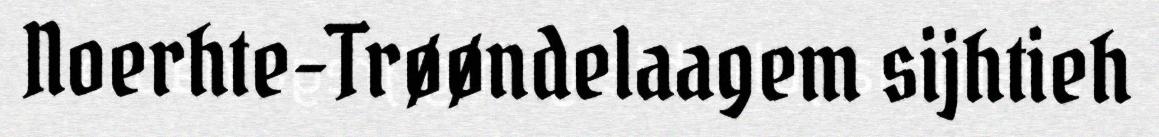
Noerhte-Trøøndelaagem sijhtieh